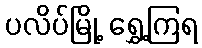
ပလိပ်မြို့ ရွှေ့ကြရ